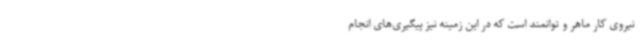
نیروی کار ماهر و توانمند است که در این زمینه نیز پیگیری‌های انجام